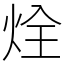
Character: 烇